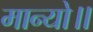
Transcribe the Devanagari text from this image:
मान्यो॥